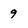
Character: 9